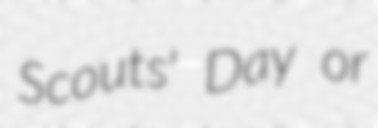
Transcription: Scouts' Day or